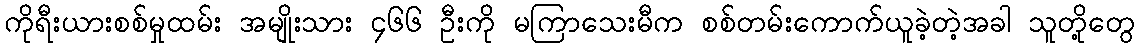
ကိုရီးယားစစ်မှုထမ်း အမျိုးသား ၄၆၆ ဦးကို မကြာသေးမီက စစ်တမ်းကောက်ယူခဲ့တဲ့အခါ သူတို့တွေ